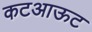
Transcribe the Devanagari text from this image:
कटआऊट